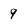
Character: 9